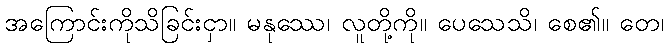
အကြောင်းကိုသိခြင်းငှာ။ မနုဿေ၊ လူတို့ကို။ ပေသေသိ၊ စေ၏။ တေ၊